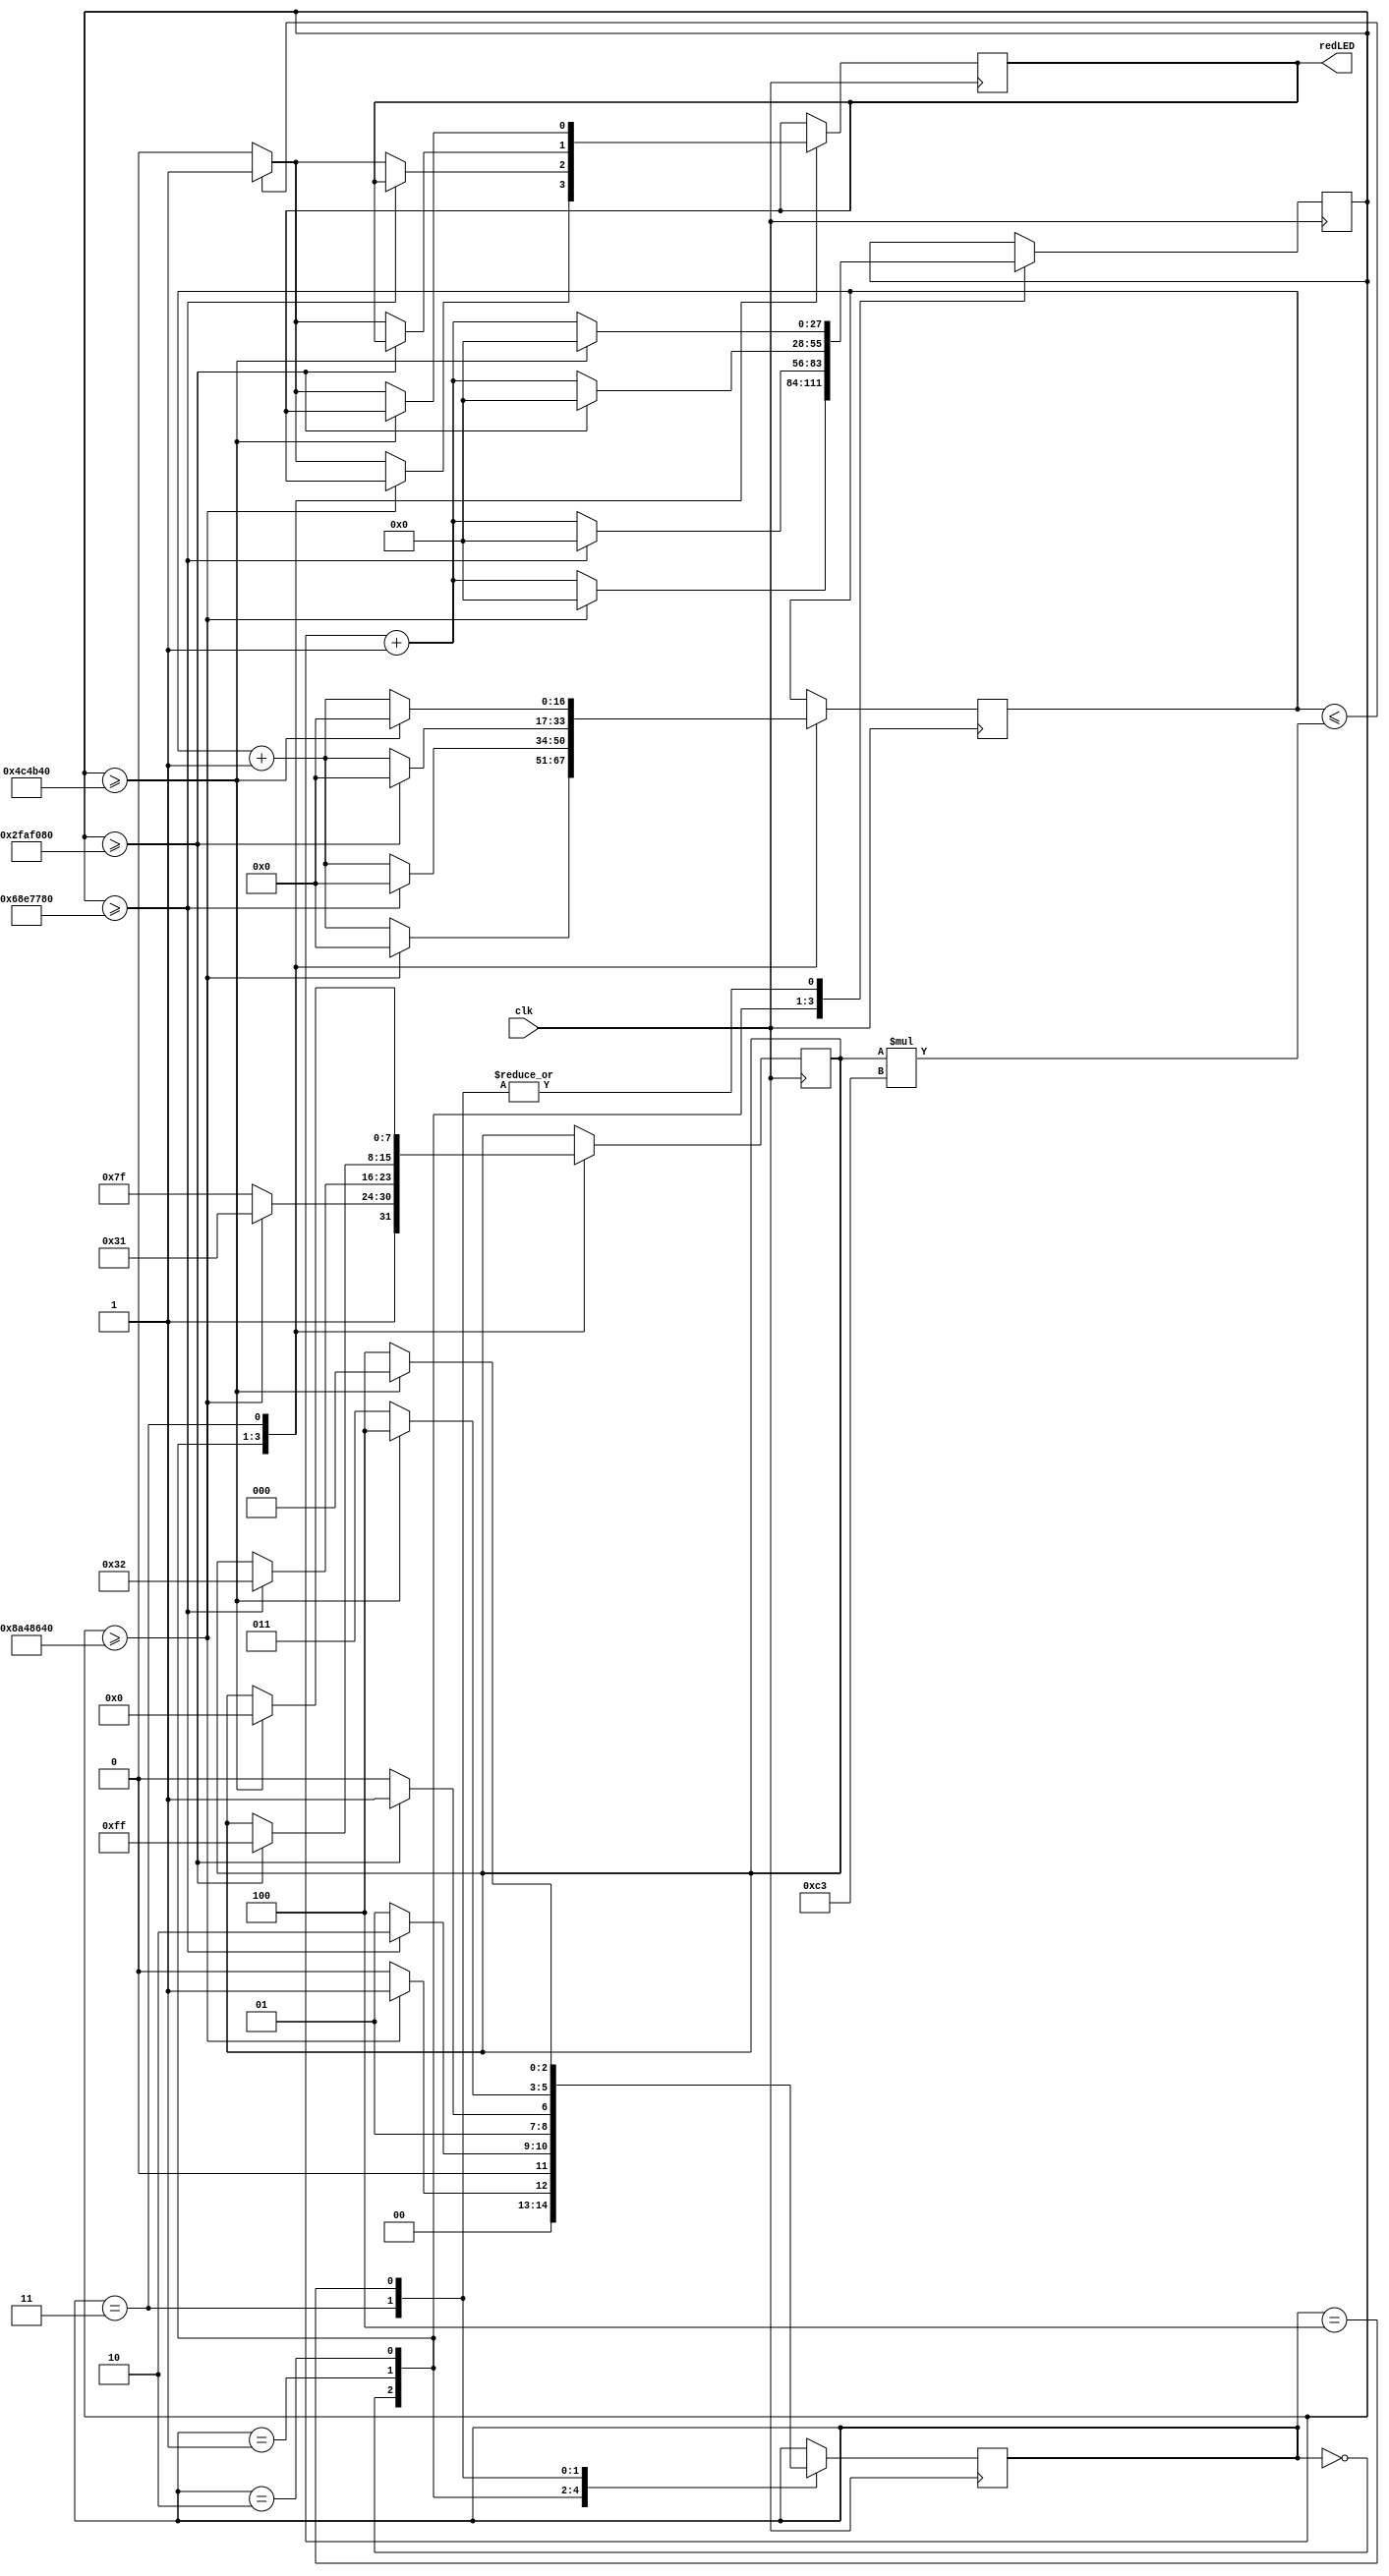
module eyeLED(clk, redLED);

//input
input clk;

//output
output redLED;

//registers
reg redLED, greenLED, blueLED;
reg [2:0] state;
reg [27:0] pause;
reg [7:0] colourSelect;
reg [16:0] counter;

//parameters
parameter clkDelay = 195;
parameter delay = 3'd0, flicker = 3'd1, flickerTwo = 3'd2, flickerThree = 3'd3, flickerFour = 3'd4;

//initialisations
initial state = 3'd0;
initial pause = 28'd0;

always@(posedge clk)
	begin
	case(state)
		delay:		//wait for 2.9 seconds before performing a flicker
			begin
			if(pause >= 145000000)
				begin
				colourSelect <= 8'd177;	//dim LED
				pause <= 28'd0;	//reset pause
				counter <= 17'd0;	//reset counter
				state <= flicker;	//goto next state
				end
			else
				begin
				colourSelect <= 8'd255;		//set LED to fully on
				counter <= counter + 1'b1;
				if(counter <= colourSelect * clkDelay)	//if counter is morethan or equal to the 
														//colourSelect multipied by clkDelay
					begin
					redLED <= 1'b1;		//set the redLED to on
					pause <= pause + 1'b1;
					state <= delay;	//keep the state the same
					end
				else
					begin
					redLED <= 1'b0;	//set the LED to off
					pause <= pause + 1'b1;
					state <= delay;	//keep the state the same
					end
				end
			end
		flicker:
			begin
			if(pause >= 110000000)	//wait for 2.2 seconds
				begin
				colourSelect <= 8'd50;		//dim the LED to nearly off
				pause <= 28'd0;		//reset pause
				counter <= 17'd0;	//reset counter
				state <= flickerTwo;	//goto next state
				end
			else
				begin
				counter <= counter + 1'b1;
				if(counter <= colourSelect * clkDelay)	//if counter is morethan or equal to the 
														//colourSelect multipied by clkDelay
					begin
					redLED <= 1'b1;		//set the redLED to on
					pause <= pause + 1'b1;
					state <= flicker;	//keep the state the same
					end
				else
					begin
					redLED <= 1'b0;		//set the redLED to on
					pause <= pause + 1'b1;
					state <= flicker;	//keep the state the same
					end
				end
			end
		flickerTwo:
			begin
			if(pause >= 50000000)	//wait for 1 second
				begin
				colourSelect <= 8'd255;
				pause <= 28'd0;
				counter <= 17'd0;
				state <= flickerThree;	//goto next state
				end
			else
				begin
				counter <= counter + 1'b1;
				if(counter <= colourSelect * clkDelay)	//if counter is morethan or equal to the 
														//colourSelect multipied by clkDelay
					begin
					redLED <= 1'b1;		//set the redLED to on
					pause <= pause + 1'b1;
					state <= flickerTwo;	//keep the state the same
					end
				else
					begin
					redLED <= 1'b0;		//set the redLED to on
					pause <= pause + 1'b1;
					state <= flickerTwo;	//keep the state the same
					end
				end
			end
		flickerThree:
			begin
			if(pause >= 5000000)	//wait for 0.1 seconds
				begin
				colourSelect <= 8'd0;
				pause <= 28'd0;
				counter <= 17'd0;
				state <= flickerFour;	//goto next state
				end
			else
				begin
				counter <= counter + 1'b1;
				if(counter <= colourSelect * clkDelay)	//if counter is morethan or equal to the
														// colourSelect multipied by clkDelay
					begin
					redLED <= 1'b1;	//set the redLED to on
					pause <= pause + 1'b1;
					state <= flickerThree;	//keep the state the same
					end
				else
					begin
					redLED <= 1'b0;	//set the redLED to on
					pause <= pause + 1'b1;
					state <= flickerThree;	//keep the state the same
					end
				end
			end
		flickerFour:
			begin
			if(pause >= 5000000)	//wait for 0.1 seconds
				begin
				pause <= 28'd0;
				state <= delay;		//goto first state
				end
			else
				begin
				pause <= pause + 1'b1;
				state <= flickerFour;	//keep the state the same
				end
			end
		endcase
	end
endmodule